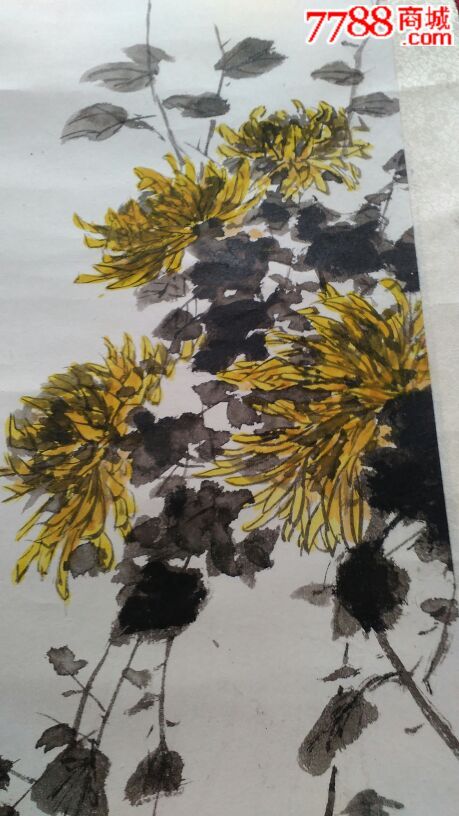
汾水碧依依，黄云落叶初飞。